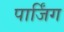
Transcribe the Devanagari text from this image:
पार्जिंग